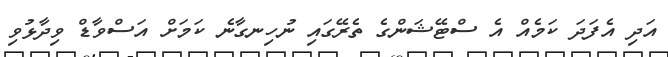
އަދި އެފަދަ ކަމެއް އެ ސްޓޭޝަންގެ ތެރޭގައި ނުހިނގާނެ ކަމަށް އަސްވާޑް ވިދާޅުވި